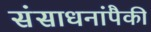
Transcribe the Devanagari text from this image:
संसाधनांपैकी